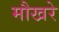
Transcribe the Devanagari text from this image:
मौखरे